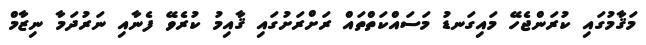
މަޤާމުގައި ކުރަންޖެހޭ މައިގަނޑު މަސައްކަތްތައް ރަށްރަށުގައި ޤާއިމު ކުރެވޭ ފެނާއި ނަރުދަމާ ނިޒާމް